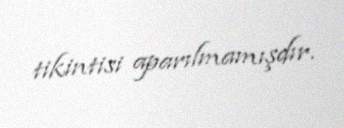
tikintisi aparılmamışdır.